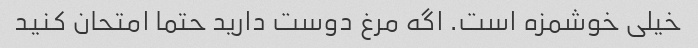
خیلی خوشمزه است. اگه مرغ دوست دارید حتما امتحان کنید